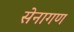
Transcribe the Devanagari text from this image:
सेनागण